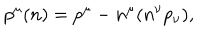
LaTeX: p ^ { \mu } ( n ) = p ^ { \mu } - n ^ { \mu } ( n ^ { \nu } p _ { \nu } ) ,